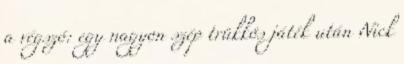
a végszó: egy nagyon szép trükkös játék után Nick